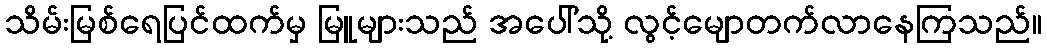
သိမ်းမြစ်ရေပြင်ထက်မှ မြူများသည် အပေါ်သို့ လွင့်မျောတက်လာနေကြသည်။